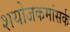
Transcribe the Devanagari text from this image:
शयोजकमांसर्क